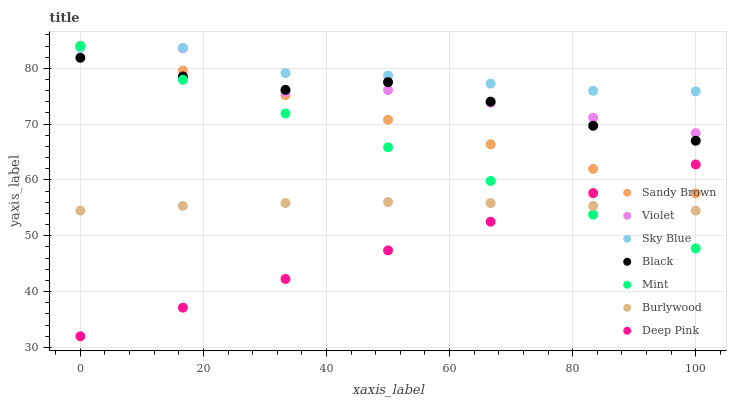
| xaxis_label | Sandy Brown | Violet | Sky Blue | Black | Mint | Burlywood | Deep Pink |
 | --- | --- | --- | --- | --- | --- | --- | --- |
 | 0 | 84 | 84 | 83.7 | 81.9 | 84 | 54.5 | 32 |
 | 16.7 | 79.6 | 83.6 | 83.7 | 78.5 | 78 | 55.4 | 37.1 |
 | 33.3 | 75.2 | 75.8 | 79.2 | 76.1 | 71.9 | 55.9 | 42.3 |
 | 50 | 70.8 | 76.1 | 78.7 | 77.5 | 65.9 | 56 | 47.4 |
 | 66.7 | 66.4 | 73.8 | 77.3 | 74 | 59.8 | 55.9 | 52.5 |
 | 83.3 | 62 | 71.2 | 76 | 69.7 | 53.8 | 55.4 | 57.6 |
 | 100 | 57.6 | 68.4 | 75.9 | 67 | 47.7 | 54.5 | 62.8 |